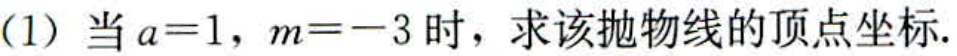
(1) 当 \(a = 1\)，\(m=-3\) 时，求该抛物线的顶点坐标.